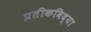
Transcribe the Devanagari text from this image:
प्रतीकविद्या